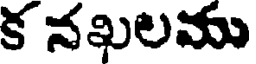
క నఖలము